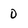
Character: 0